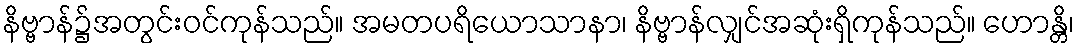
နိဗ္ဗာန်၌အတွင်းဝင်ကုန်သည်။ အမတပရိယောသာနာ၊ နိဗ္ဗာန်လျှင်အဆုံးရှိကုန်သည်။ ဟောန္တိ၊